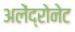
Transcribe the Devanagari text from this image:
अलेंद्रोनेट